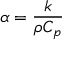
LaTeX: \alpha = { \frac { k } { \rho C _ { p } } }